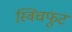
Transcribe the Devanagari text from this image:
स्विचफूट